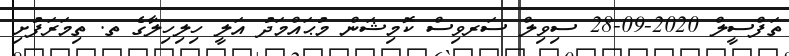
ތަފްސީލް 2020-09-28 ސިވިލް ސަރވިސް ކޮމިޝަން މުޙައްމަދު އަލީ ހިލިހިލާގެ ތ. ތިމަރަފުށި